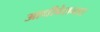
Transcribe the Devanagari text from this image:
आधीवेशनात